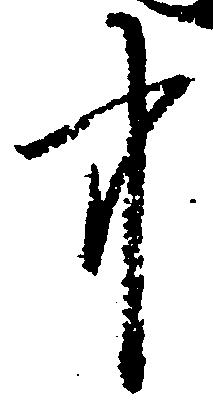
中